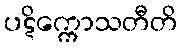
ပဋိက္ကောသတီတိ